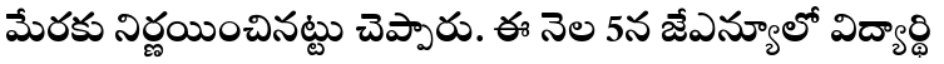
మేరకు నిర్ణయించినట్టు చెప్పారు. ఈ నెల 5న జేఎన్యూలో విద్యార్థి